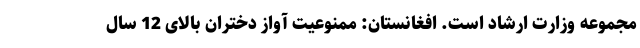
مجموعه وزارت ارشاد است. افغانستان: ممنوعیت آواز دختران بالای 12 سال